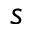
s